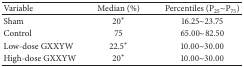
| Variable | Median (%) | Percentiles (P25~P75) |
 | --- | --- | --- |
 | Sham | 20* | 16.25~23.75 |
 | Control | 75 | 65.00~82.50 |
 | Low-dose GXXYW | 22.5* | 10.00~30.00 |
 | High-dose GXXYW | 20* | 10.00~30.00 |